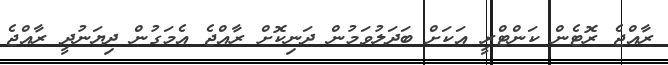
ރާއްޖެ ރޮޓެން ކަންޓްރީ އަކަށް ބަދަލުވަމުން ދަނިކޮށް ރާއްޖެ އެމަގުން ދިޔަނުދީ ރާއްޖެ